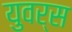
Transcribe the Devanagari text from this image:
युवर्स